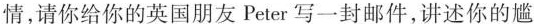
情，请你给你的英国朋友Peter写一封邮件，讲述你的尴